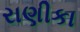
રાણીકા